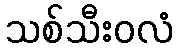
သစ်သီးဝလံ